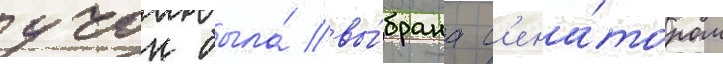
учок была́ вы́брана с'ена́тором